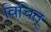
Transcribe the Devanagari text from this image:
विचित्